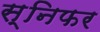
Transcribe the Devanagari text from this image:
स्निफर